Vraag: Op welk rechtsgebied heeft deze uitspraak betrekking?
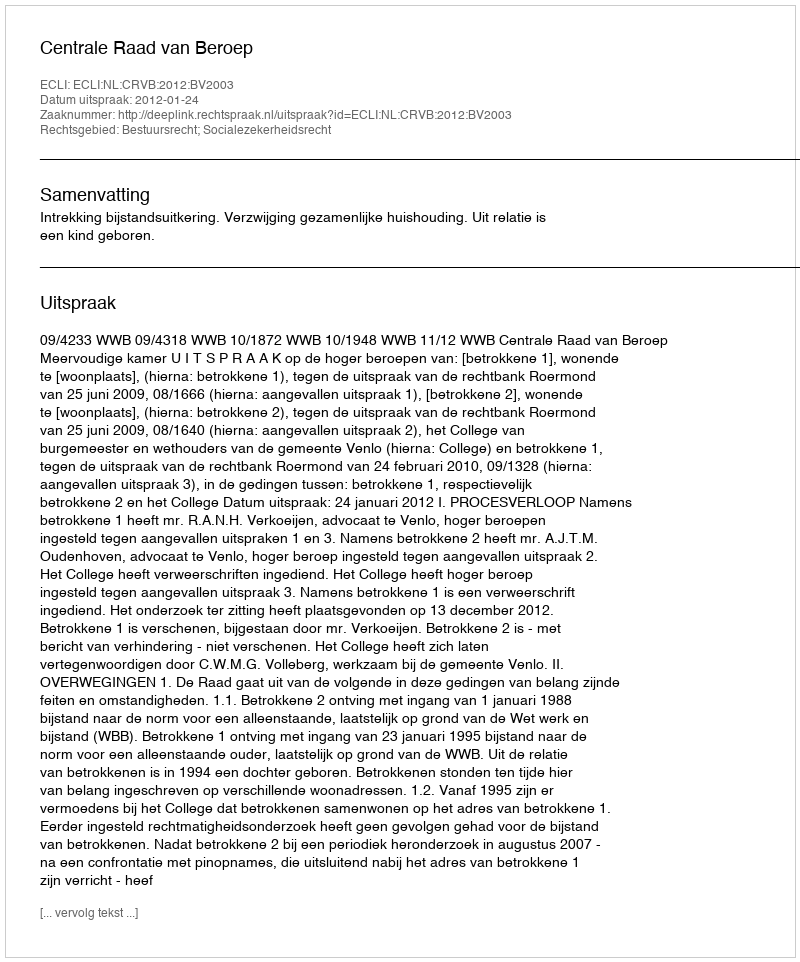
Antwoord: Bestuursrecht; Socialezekerheidsrecht